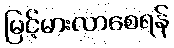
မြင့်မားလာစေရန်